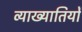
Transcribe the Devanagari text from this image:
व्याख्यातियों